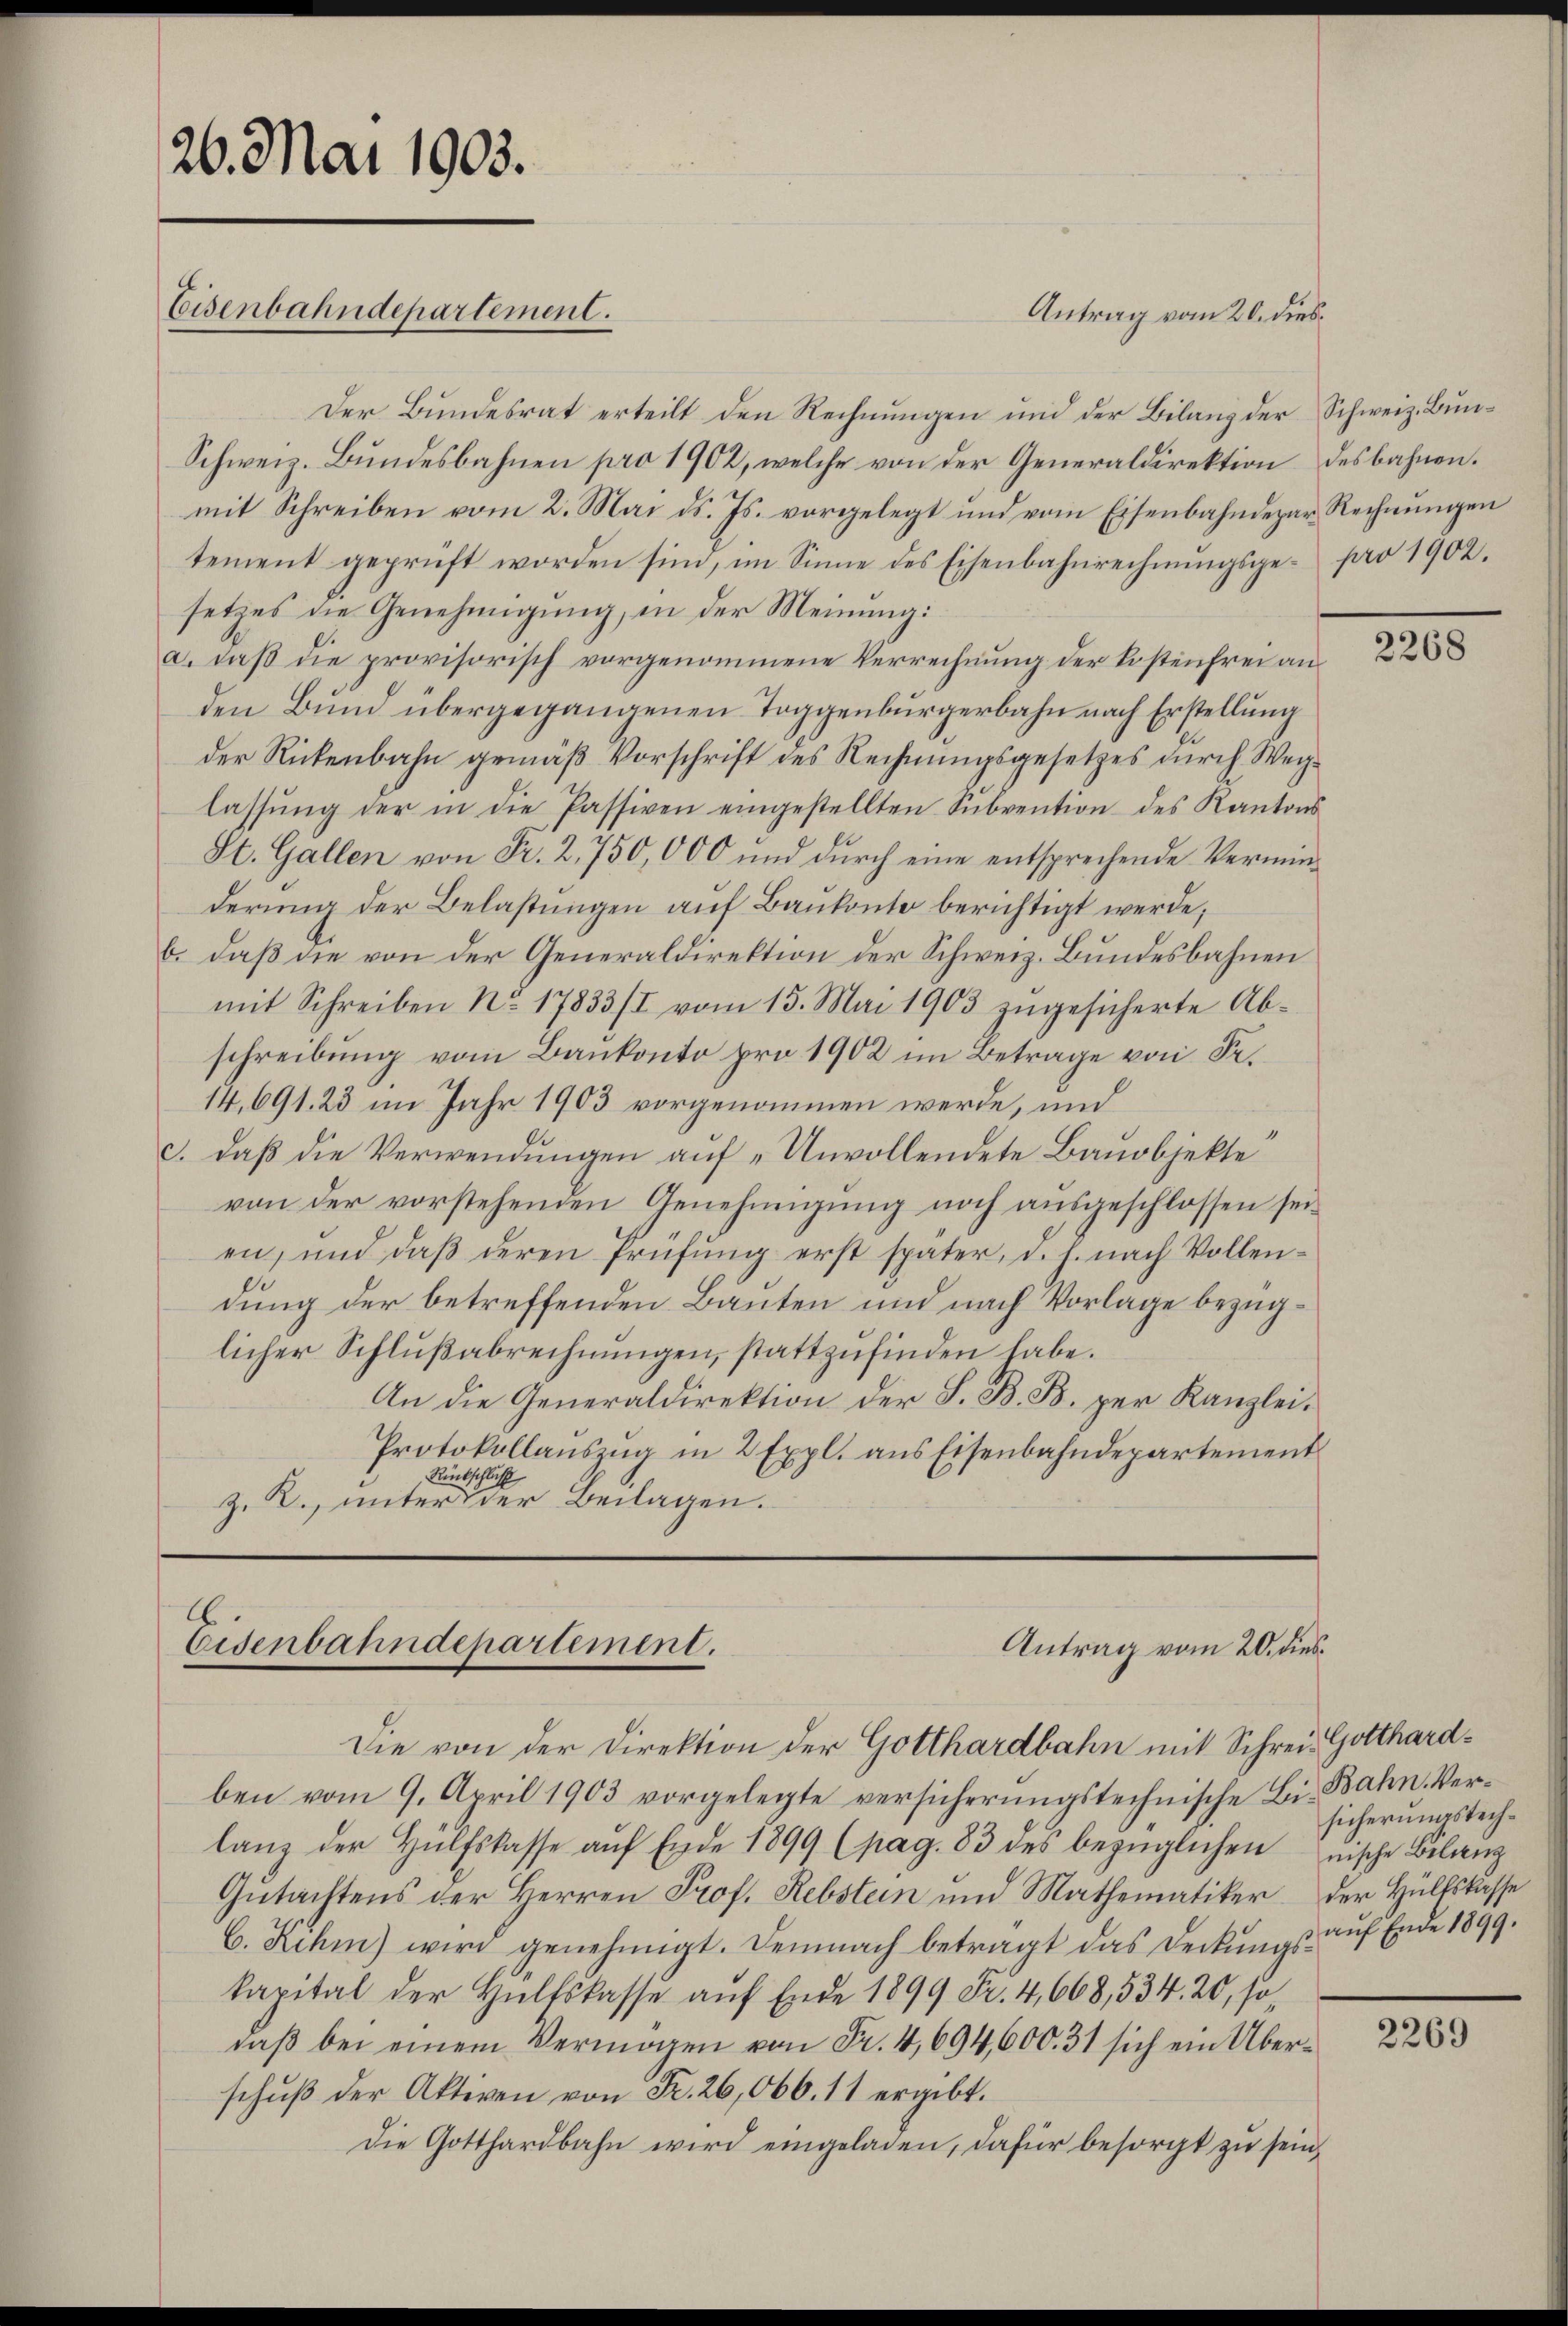
26. Mai 1903.
Eisenbahndepartement.

Der Bundesrat erteilt den Rechnungen und der Bilanz der Schweiz. Bun¬
Schweiz. Bundesbahnen pro 1902, welche von der Generaldirektion des bahnen.
mit Schreiben vom 2. Mai d. Js. vorgelegt und vom Eisenbahndepar Rechnungen
tement geprüft worden sind, im Sinne des Eisenbahnrechnŭngsge- pro 1902.
setzes die Genehmigung, in der Meinung:
a. daß die provisorisch vorgenommene Verrechnung der Kostenfrei an
den Bund übergegangenen Toggenburgerbahn nach Erstellung
der Rickenbahn gemäß Vorschrift des Rechnungsgesetzes durch Weglassŭng der in die Passiven eingestellten Sŭbvention des Kantons
St. Gallen von Fr. 2,750,000 und dŭrch eine entsprechende Vermin-
derung der Belastungen auf Baukonto berichtigt werde;
b. daß die von der Generaldirektion der Schweiz. Bundesbahnen
mit Schreiben No. 17833/I vom 13. Mai 1903 zŭgesicherte Ab-
schreibung vom Bankonto pro 1902 im Betrage von Sr.
14,691. 23 im Jahr 1903 vorgenommen werde, und
c. daß die Verwendungen auf „Unvollendete Bauobjekte
von der vorstehenden Genehmigung noch ausgeschlossen seien, und daβ deren Prüfŭng erst später, d. h. nach Vollen-
.
dung der betreffenden Bauten und nach Vorlage bezüglicher Schlußabrechnungen, stattzufinden habe.
An die Generaldirektion der S. B. B. per Kanzlei¬
Protokollaŭszŭg in 2 Expl. aus Eisenbahndepartement
Rückschluß
z. K. unter der Beilagen.

Antrag vom 20. dies

l.
Eisenbahndepartement.
Antrag vom 20. dies¬
Die von der Direktion der Gotthardbahn mit Schrei Gotthard¬

ben vom 9. April 1903 vorgelegte versicherungstechnische Bis Bahn. Verlang der Hülfskasse aŭf Ende 1899 (pag. 83 des bezüglichen nische Bilanz
Gutachtens der Herren Prof. Rebstein und Mathematiker der Hülfskasse
C. Rehm) wird genehmigt. Demnach betragt das Deckŭngs aŭf Ende 1899.
kapital der Hülfskasse auf Ende 1899 Fr. 4,668, 534. 20, so
daß bei einem Vermögen von Fr. 4,694,600. 31 sich ein Überschuß der Aktiven von Fr. 26,066. 11 ergibt.
Die Gotthardbahn wird eingeladen, dafür besorgt zu sein,

2268

sicherungstech¬

2269